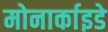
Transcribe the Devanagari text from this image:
मोनार्काइडे